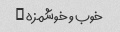
خوب و خوشمزه …